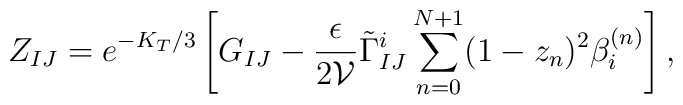
Z_{IJ} = e^{-K_{T}/3} \left[ G_{IJ} - \frac{\epsilon}{2 \mathcal{V}}\tilde{\Gamma}^{i}_{IJ} \sum_{n=0}^{N+1} (1 - z_{n})^{2} \beta_{i}^{(n)}\right],